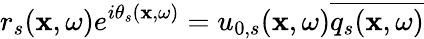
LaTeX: r_{s}(\mathbf{x},\omega)e^{i\theta_{s}(\mathbf{x},\omega)}=u_{0,s}(\mathbf{x},\omega)\overline{{q_{s}(\mathbf{x},\omega)}}